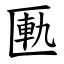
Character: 匭